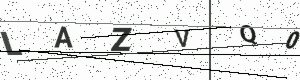
Text: LAZVQ0